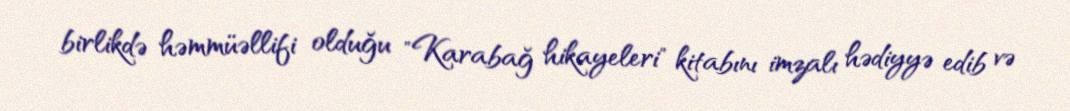
birlikdə həmmüəllifi olduğu "Karabağ hikayeleri" kitabını imzalı hədiyyə edib və